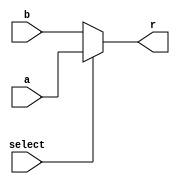
/******************************************************************************
* Function: Mux
*
* :
* - 
*
* :
* - WIDTH: 32
*
* :
* -  always abr
*
******************************************************************************/

`timescale 1ns / 1ps

module mux #(parameter WIDTH = 32) (
    input [WIDTH - 1: 0] a,      // a
    input [WIDTH - 1: 0] b,      // b
    input select,                // 
    output reg [WIDTH - 1: 0] r  // 
);

    always @(*) begin
        if (select) begin
            r = a;                 // 1a
        end
        else begin
            r = b;                 // 0b
        end
    end

endmodule